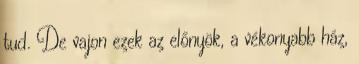
tud. De vajon ezek az előnyök, a vékonyabb ház,